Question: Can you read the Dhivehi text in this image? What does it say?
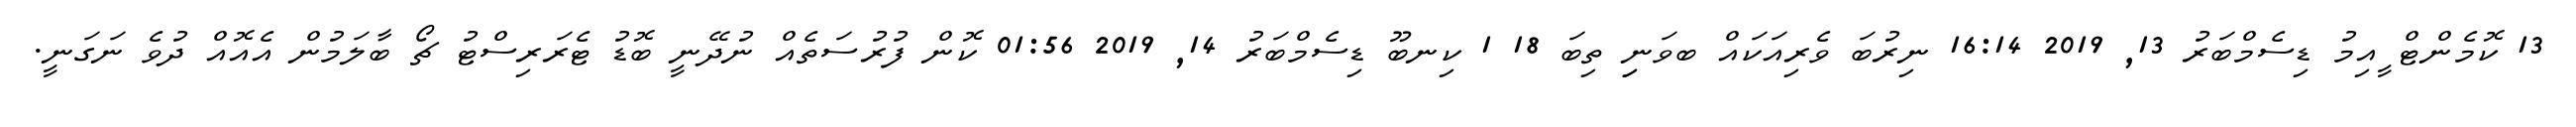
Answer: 13 ކޮމެންޓް ީއިމު ޑިސެމްބަރު 13, 2019 16:14 ނިރުބަ ވެރިއަކައް ބވަނިި ތިބަ 18 1 ކިނބޫ ޑިސެމްބަރު 14, 2019 01:56 ކޮން ފުރުސަތެއް ނުދޭނީ ބޮޑު ޓެރަރިސްޓު ޗޯ ބާލަމުން އެއޮއް ދުވެ ނަގަނީ.